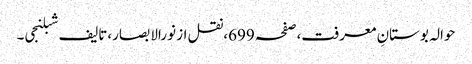
حوالہ بوستانِ معرفت،صفحہ699،نقل از نورالابصار،تالیف شبلنجی۔